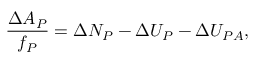
\frac { \Delta A _ { P } } { f _ { P } } = \Delta N _ { P } - \Delta U _ { P } - \Delta U _ { P A } ,